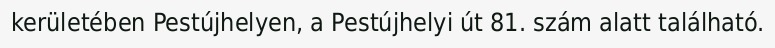
kerületében Pestújhelyen, a Pestújhelyi út 81. szám alatt található.